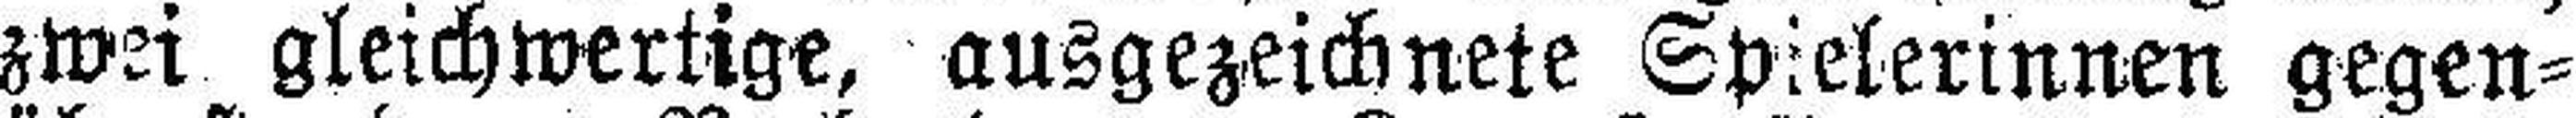
zwei gleichwertige, ausgezeichnete Spielerinnen gegen¬